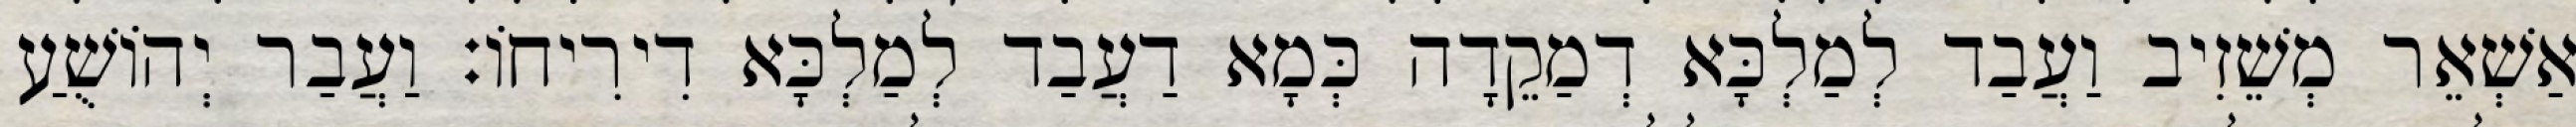
אַשְׁאֵר מְשֵׁזִיב וַעֲבַד לְמַלְכָּא דְמַקֵדָה כְּמָא דַעֲבַד לְמַלְכָּא דִירִיחוֹ׃ וַעֲבַר יְהוֹשֻׁעַ